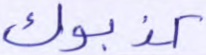
كذبوك